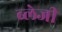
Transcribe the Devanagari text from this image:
ब्लेजी